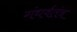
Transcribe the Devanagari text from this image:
गंधर्वतंत्र